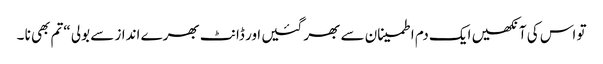
تو اس کی آنکھیں ایک دم اطمینان سے بھر گئیں ا ور ڈانٹ بھرے انداز سے بولی “تم بھی نا ۔